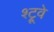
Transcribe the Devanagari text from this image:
श्ट्रूवे